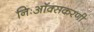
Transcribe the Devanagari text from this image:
निःऑक्सकरणी